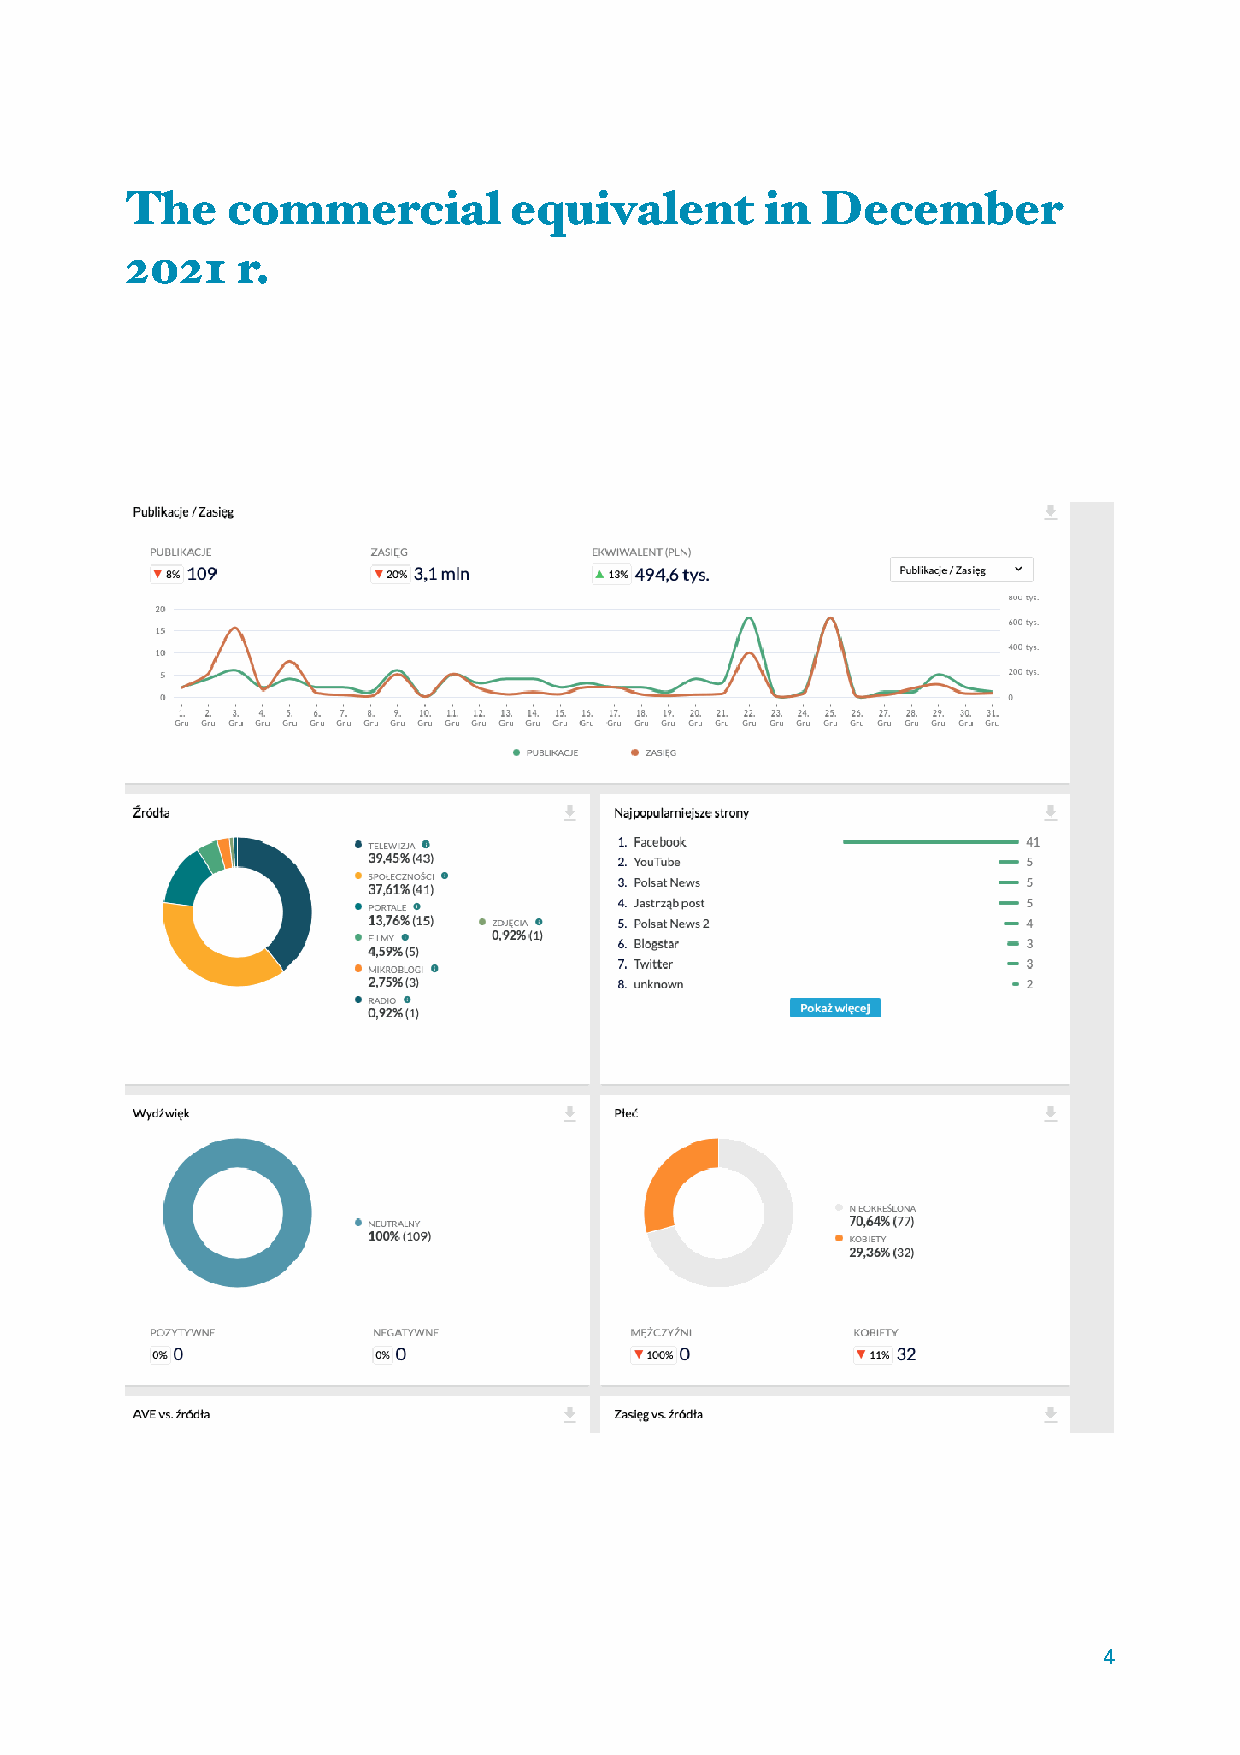
The    commercial         equivalent       in December
 2021    r.
 4